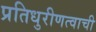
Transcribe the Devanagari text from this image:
प्रतिधुरीणत्वाची